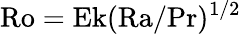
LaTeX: \textrm{Ro}=\textrm{Ek}(\textrm{Ra}/\textrm{Pr})^{1/2}